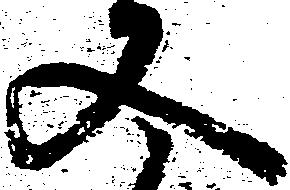
又